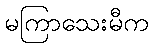
မကြာသေးမီက